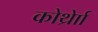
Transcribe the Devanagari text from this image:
कोर्थ्रेाा